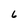
Character: 6